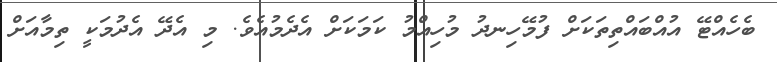
ބެހެއްޓޭ އުއްބައްތިތަކަށް ފުމޭހިނދު މުހިއްމު ކަމަކަށް އެދެމުއެވެ. މި އެދޭ އެދުމަކީ ތިމާއަށް